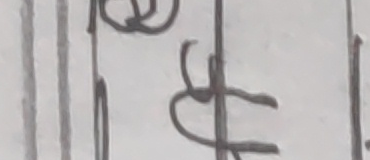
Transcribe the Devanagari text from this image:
त्र